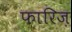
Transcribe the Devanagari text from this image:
फारिज़